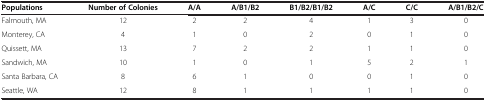
<table><thead><tr><td><b>Populations</b></td><td><b>Number of Colonies</b></td><td><b>A/A</b></td><td><b>A/B1/B2</b></td><td><b>B1/B2/B1/B2</b></td><td><b>A/C</b></td><td><b>C/C</b></td><td><b>A/B1/B2/C</b></td></tr></thead><tbody><tr><td>Falmouth, MA</td><td>12</td><td>2</td><td>2</td><td>4</td><td>1</td><td>3</td><td>0</td></tr><tr><td>Monterey, CA</td><td>4</td><td>1</td><td>0</td><td>2</td><td>0</td><td>1</td><td>0</td></tr><tr><td>Quissett, MA</td><td>13</td><td>7</td><td>2</td><td>2</td><td>1</td><td>1</td><td>0</td></tr><tr><td>Sandwich, MA</td><td>10</td><td>1</td><td>0</td><td>1</td><td>5</td><td>2</td><td>1</td></tr><tr><td>Santa Barbara, CA</td><td>8</td><td>6</td><td>1</td><td>0</td><td>0</td><td>1</td><td>0</td></tr><tr><td>Seattle, WA</td><td>12</td><td>8</td><td>1</td><td>1</td><td>1</td><td>1</td><td>0</td></tr></tbody></table>